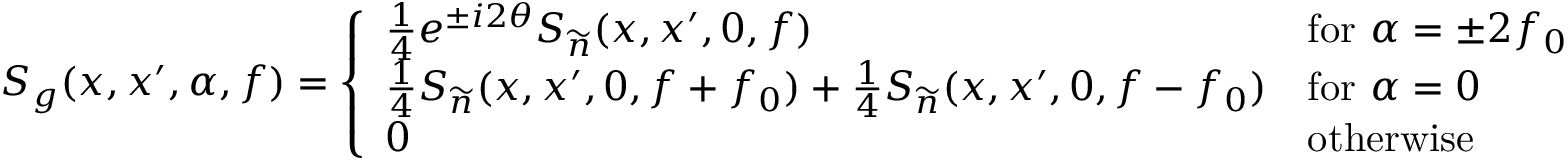
S _ { g } ( x , x ^ { \prime } , \alpha , f ) = \left\{ \begin{array} { l l } { \frac { 1 } { 4 } e ^ { \pm i 2 \theta } S _ { \widetilde { n } } ( x , x ^ { \prime } , 0 , f ) } & { \mathrm { f o r ~ } \alpha = \pm 2 f _ { 0 } } \\ { \frac { 1 } { 4 } S _ { \widetilde { n } } ( x , x ^ { \prime } , 0 , f + f _ { 0 } ) + \frac { 1 } { 4 } S _ { \widetilde { n } } ( x , x ^ { \prime } , 0 , f - f _ { 0 } ) } & { \mathrm { f o r ~ } \alpha = 0 } \\ { 0 } & { \mathrm { o t h e r w i s e ~ } } \end{array} \right.